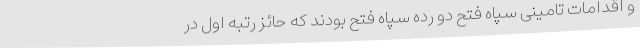
و اقدامات تامینی سپاه فتح دو رده سپاه فتح بودند که حائز رتبه اول در